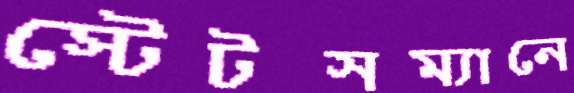
স্টেটসম্যানে